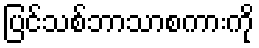
ပြင်သစ်ဘာသာစကားကို